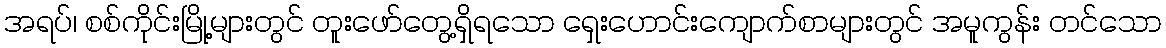
အရပ်၊ စစ်ကိုင်းမြို့များတွင် တူးဖော်တွေ့ရှိရသော ရှေးဟောင်းကျောက်စာများတွင် အမူကွန်း တင်သော